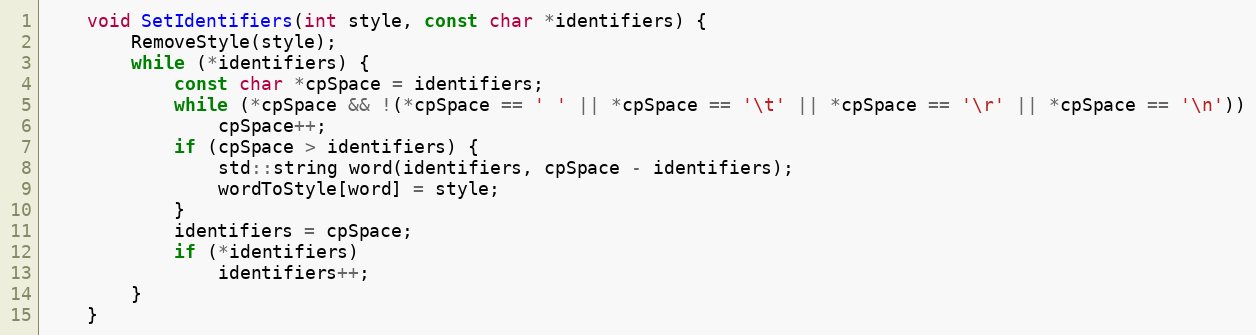
Language: C
	void SetIdentifiers(int style, const char *identifiers) {
		RemoveStyle(style);
		while (*identifiers) {
			const char *cpSpace = identifiers;
			while (*cpSpace && !(*cpSpace == ' ' || *cpSpace == '\t' || *cpSpace == '\r' || *cpSpace == '\n'))
				cpSpace++;
			if (cpSpace > identifiers) {
				std::string word(identifiers, cpSpace - identifiers);
				wordToStyle[word] = style;
			}
			identifiers = cpSpace;
			if (*identifiers)
				identifiers++;
		}
	}